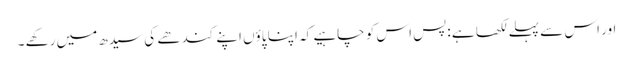
اور اس سے پہلے لکھا ہے :پس اس کو چاہیے کہ اپنا پاؤں اپنے کندھے کی سیدھ میں رکھے ۔